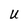
Character: U